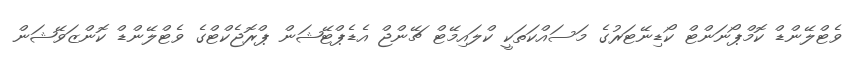
ވެޓްލޭންޑް ކޮމްޕޯނަންޓް ކޯޑިނޭޓަރުގެ މަސައްކަތަކީ ކްލައިމޭޓް ޗޭންޖް އެޑެޕްޓޭޝަން ޕްރޮޖެކްޓްގެ ވެޓްލޭންޑް ކޮންޒަވޭޝަން